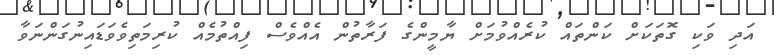
އަދި ވަކި ގޮތަކަށް ކަންތައް ކުރެއްވުމަށް ޔާމީންގެ ފަރާތުން އެއްވެސް ފިއްތުމެއް ކުރިމަތިވެވަޑައިނުގަންނަވާ